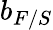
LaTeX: b_{F/S}